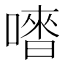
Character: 𠽳